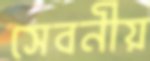
সেবনীয়